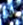
أنك